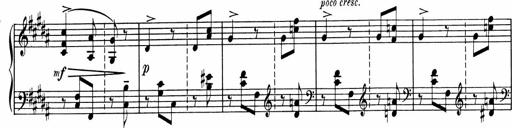
Title: Sonatine pour piano
Composer: Albert Roussel